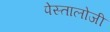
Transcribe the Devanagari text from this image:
पेस्तालोजी